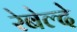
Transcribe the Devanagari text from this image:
रेबेल्दे